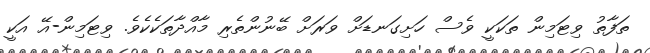
ތަފާތު ވިޓަމިން ތަކަކީ ވެސް ހަށިގަނޑަށް ވަރަށް ބޭނުންތެރި މާއްދާތަކެކެވެ. ވިޓަމިން-އޭ އަކީ